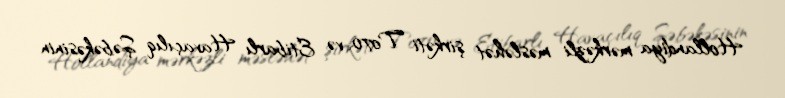
Hollandiya mərkəzli məsləhət şirkəti To70 və Etibarlı Havaçılıq Şəbəkəsinin